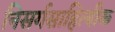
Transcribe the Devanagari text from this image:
निसर्गसाहित्यीक